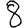
Digit: 8